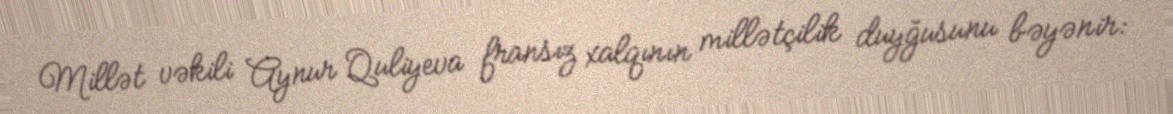
Millət vəkili Aynur Quliyeva fransız xalqının millətçilik duyğusunu bəyənir: